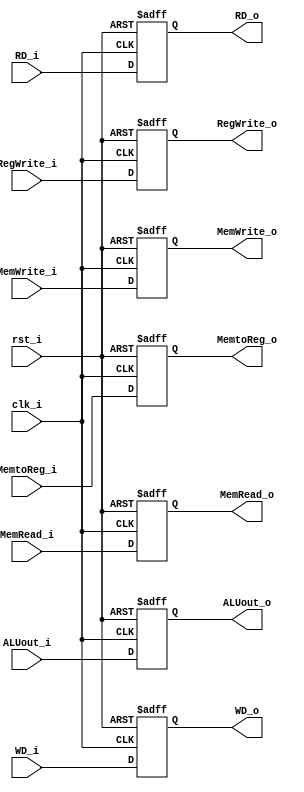
module Pipe_EX_MEM (
         clk_i,
         rst_i,

         ALUout_i,
         WD_i,
         RD_i,

         ALUout_o,
         WD_o,
         RD_o,

         RegWrite_i,
         MemtoReg_i,
         MemRead_i,
         MemWrite_i,

         RegWrite_o,
         MemtoReg_o,
         MemRead_o,
         MemWrite_o,
       );

input clk_i;
input rst_i;
input [31:0] ALUout_i;
input [31:0] WD_i;
input [4:0] RD_i;

output reg [31:0] ALUout_o;
output reg [31:0] WD_o;
output reg [4:0] RD_o;

// ! Signals
input RegWrite_i, MemtoReg_i, MemRead_i, MemWrite_i;
output reg RegWrite_o, MemtoReg_o, MemRead_o, MemWrite_o;


always@(posedge clk_i or negedge rst_i)
  begin
    if(~rst_i)
      begin
        ALUout_o <= 32'b0;
        WD_o <= 32'b0;
        RD_o <= 4'b0;

        RegWrite_o <= 0;
        MemtoReg_o <= 0;
        MemRead_o <= 0;
        MemWrite_o <= 0;
      end
    else
      begin
        ALUout_o <= ALUout_i;
        WD_o <= WD_i;
        RD_o <= RD_i;

        RegWrite_o <= RegWrite_i;
        MemtoReg_o <= MemtoReg_i;
        MemRead_o <= MemRead_i;
        MemWrite_o <= MemWrite_i;
      end
  end



endmodule